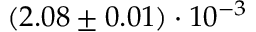
( 2 . 0 8 \pm 0 . 0 1 ) \cdot 1 0 ^ { - 3 }